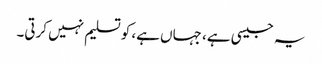
یہ جیسی ہے، جہاں ہے، کو تسلیم نہیں کرتی۔